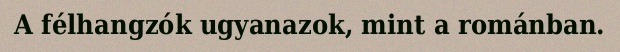
A félhangzók ugyanazok, mint a románban.